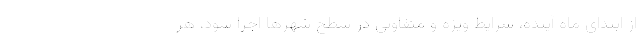
از ابتدای ماه آینده، شرایط ویژه و متفاوتی در سطح شهرها اجرا شود، هر